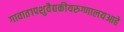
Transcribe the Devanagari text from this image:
गावात१पशुवैद्यकीयरुग्णालयआहे